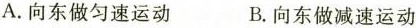
A.向东做匀速运动 B.向东做减速运动